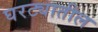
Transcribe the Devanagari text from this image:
घरट्यातील